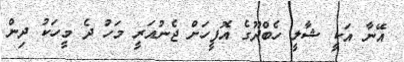
އޭނާ އަކީ ޝާލީ ހެބްދޫގެ އޮފީހަށް ޖެނުއަރީ މަހު ދެ މީހަކު ދިން